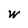
Character: W